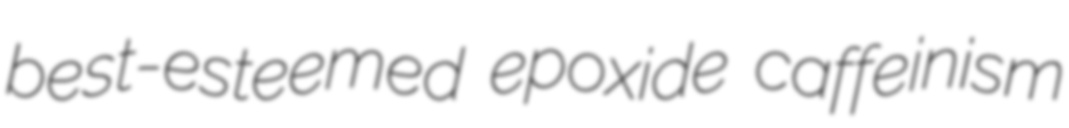
best-esteemed epoxide caffeinism